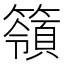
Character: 𥵝